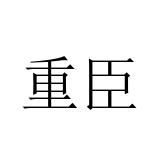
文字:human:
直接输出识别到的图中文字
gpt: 重臣